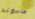
هاموند